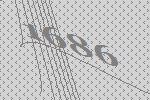
1686